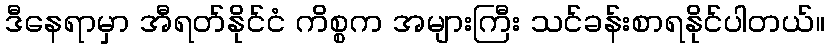
ဒီနေရာမှာ အီရတ်နိုင်ငံ ကိစ္စက အများကြီး သင်ခန်းစာရနိုင်ပါတယ်။